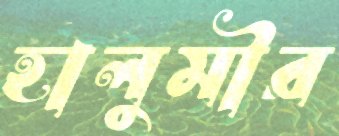
হালুমীর